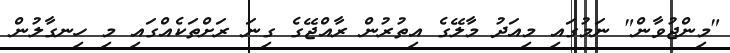
"މިންޖުވާން" ނަމުގައި މިއަދު މާލޭގެ އިތުރުން ރާއްޖޭގެ ގިނަ ރަށްތަކެއްގައި މި ހިނގާލުން